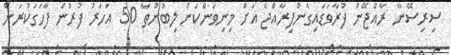
ސިރިސޭނާ ރާއްޖޭން ފުރާވަޑައިގެންފިރާއްޖެ އަށް މިނިވަންކަން ލިބުނުތާ 50 އަހަރު ފުރުން ފާހަގަކުރަން